Report on vaccination proceedings throughout the Government of Bengal -
Year: 1868
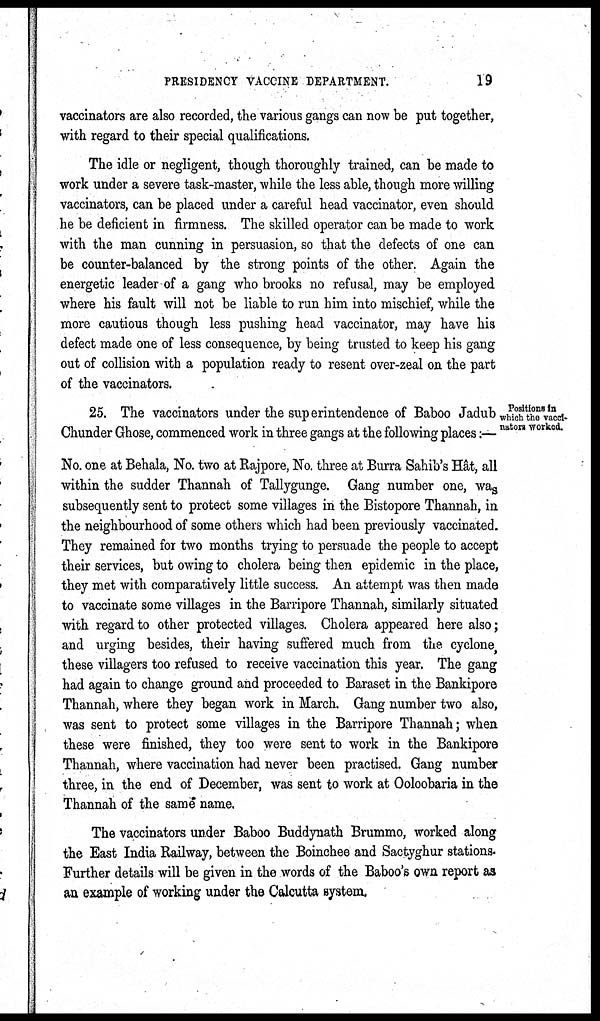
PRESIDENCY VACCINE DEPARTMENT.
19
vaccinators are also recorded, the various gangs can now be put together,
with regard to their special qualifications.
The idle or negligent, though thoroughly trained, can be made to
work under a severe task-master, while the less able, though more willing
vaccinators, can be placed under a careful head vaccinator, even should
he be deficient in firmness. The skilled operator can be made to work
with the man cunning in persuasion, so that the defects of one can
be counter-balanced by the strong points of the other. Again the
energetic leader of a gang who brooks no refusal, may be employed
where his fault will not be liable to run him into mischief, while the
more cautious though less pushing head vaccinator, may have his
defect made one of less consequence, by being trusted to keep his gang
out of collision with a population ready to resent over-zeal on the part
of the vaccinators.
Positions in
which the vacci-
nators worked.
25. The vaccinators under the superintendence of Baboo Jadub
Chunder Ghose, commenced work in three gangs at the following places:—
No. one at Behala, No. two at Rajpore, No. three at Burra Sahib's Hât, all
within the sudder Thannah of Tallygunge. Gang number one, was
subsequently sent to protect some villages in the Bistopore Thannah, in
the neighbourhood of some others which had been previously vaccinated.
They remained for two months trying to persuade the people to accept
their services, but owing to cholera being then epidemic in the place,
they met with comparatively little success. An attempt was then made
to vaccinate some villages in the Barripore Thannah, similarly situated
with regard to other protected villages. Cholera appeared here also;
and urging besides, their having suffered much from the cyclone,
these villagers too refused to receive vaccination this year. The gang
had again to change ground and proceeded to Baraset in the Bankipore
Thannah, where they began work in March. Gang number two also,
was sent to protect some villages in the Barripore Thannah; when
these were finished, they too were sent to work in the Bankipore
Thannah, where vaccination had never been practised. Gang number
three, in the end of December, was sent to work at Ooloobaria in the
Thannah of the same name.
The vaccinators under Baboo Buddynath Brummo, worked along
the East India Railway, between the Boinchee and Sactyghur stations.
Further details will be given in the words of the Baboo's own report as
an example of working under the Calcutta system.